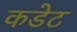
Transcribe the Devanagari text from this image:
कडेट